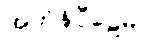
အဘိနိပ္ပီဠေမိ